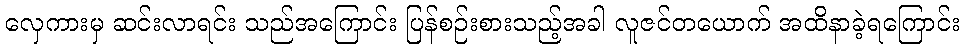
လှေကားမှ ဆင်းလာရင်း သည်အကြောင်း ပြန်စဉ်းစားသည့်အခါ လူဇင်တယောက် အထိနာခဲ့ရကြောင်း